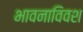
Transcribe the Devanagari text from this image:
भावनाविवश